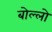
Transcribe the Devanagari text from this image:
बोल्लो